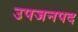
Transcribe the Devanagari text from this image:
उपजनपद